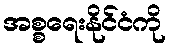
အစ္စရေးနိုင်ငံကို